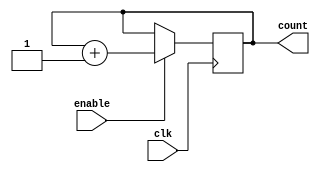
module RingCounter (
    input wire clk,           // Clock input
    input wire enable,        // Enable input
    output reg [N-1:0] count  // Ring counter output
);

parameter N = 4;             // Number of flip-flops in the ring counter

always @(posedge clk) begin
    if (enable) begin
        count <= count + 1;
    end
end

endmodule